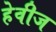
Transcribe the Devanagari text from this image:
हेवीज